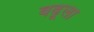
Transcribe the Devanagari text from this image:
वढूला